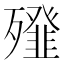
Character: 𣩶